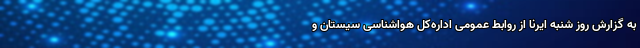
به گزارش روز شنبه ایرنا از روابط عمومی اداره‌کل هواشناسی سیستان و